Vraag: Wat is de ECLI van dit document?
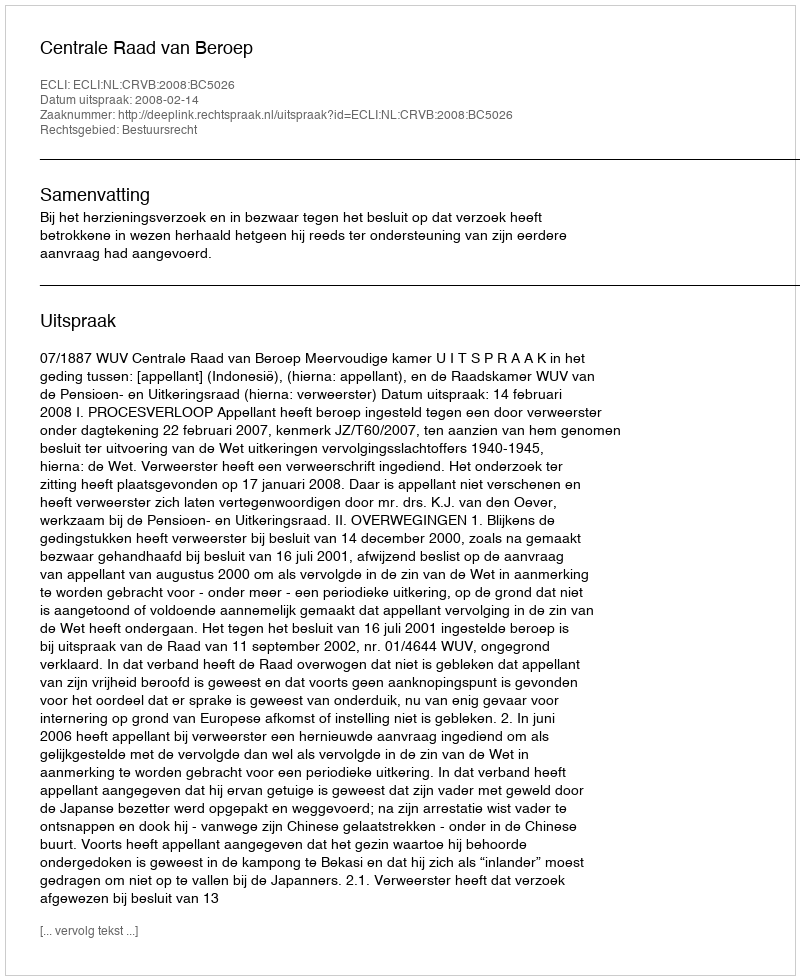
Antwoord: ECLI:NL:CRVB:2008:BC5026